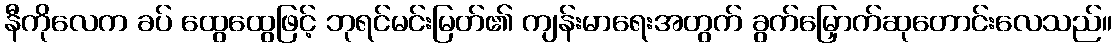
နီကိုလေက ခပ် ထွေထွေဖြင့် ဘုရင်မင်းမြတ်၏ ကျန်းမာရေးအတွက် ခွက်မြှောက်ဆုတောင်းလေသည်။